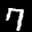
Label: 7